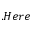
. H e r e